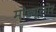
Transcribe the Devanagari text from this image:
मोड्यूलोर